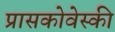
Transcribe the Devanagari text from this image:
प्रासकोवेस्की